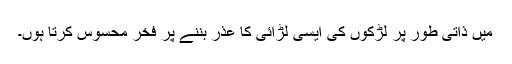
میں ذاتی طور پر لڑکوں کی ایسی لڑائی کا عذر بننے پر فخر محسوس کرتا ہوں۔